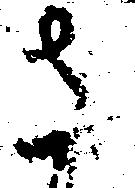
さ